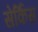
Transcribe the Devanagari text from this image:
सेर्किस